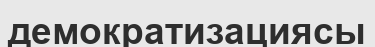
демократизациясы